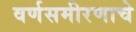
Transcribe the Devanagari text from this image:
वर्णसमीरणाचे